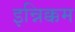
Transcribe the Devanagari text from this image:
इन्निक्कम